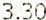
3.30